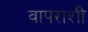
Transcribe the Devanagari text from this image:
वापराशी